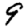
Digit: 9